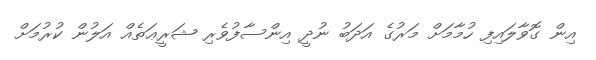
އިން ގޮވާލައިފި ހުމާމަށް މަރުގެ އަދަބު ނުދީ އިންސާފުވެރި ޝަރީޢަތެއް އަލުން ކުރުމަށް